Indian journal of veterinary science and animal husbandry - Volume 7,
Year: 1937
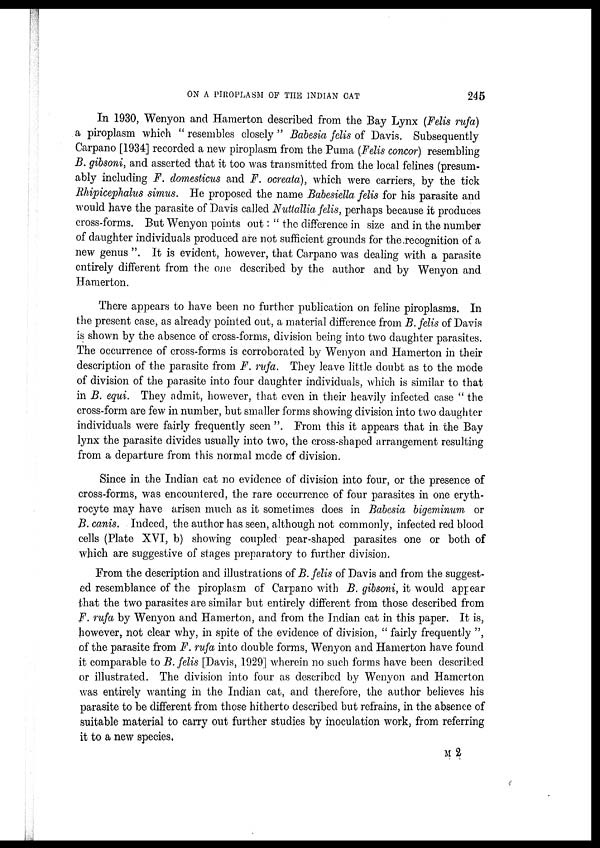
ON A PIROPLASM OF THE INDIAN CAT
245
In 1930, Wenyon and Hamerton described from the Bay Lynx (Felis rufa)
a piroplasm which " resembles closely " Babesia felis of Davis. Subsequently
Carpano [1934] recorded a new piroplasm from the Puma (Felis concor) resembling
B. gibsoni, and asserted that it too was transmitted from the local felines (presum-
ably including F. domesticus and F. ocreata), which were carriers, by the tick
Rhipicephalus simus. He proposed the name Babesiella felis for his parasite and
would have the parasite of Davis called Nuttallia felis, perhaps because it produces
cross-forms. But Wenyon points out: " the difference in size and in the number
of daughter individuals produced are not sufficient grounds for the recognition of a
new genus ". It is evident, however, that Carpano was dealing with a parasite
entirely different from the one described by the author and by Wenyon and
Hamerton.
There appears to have been no further publication on feline piroplasms. In
the present case, as already pointed out, a material difference from B. felis of Davis
is shown by the absence of cross-forms, division being into two daughter parasites.
The occurrence of cross-forms is corroborated by Wenyon and Hamerton in their
description of the parasite from F. rufa. They leave little doubt as to the mode
of division of the parasite into four daughter individuals, which is similar to that
in B. equi. They admit, however, that even in their heavily infected case " the
cross-form are few in number, but smaller forms showing division into two daughter
individuals were fairly frequently seen ". From this it appears that in the Bay
lynx the parasite divides usually into two, the cross-shaped arrangement resulting
from a departure from this normal mode of division.
Since in the Indian cat no evidence of division into four, or the presence of
cross-forms, was encountered, the rare occurrence of four parasites in one eryth-
rocyte may have arisen much as it sometimes does in Babesia bigeminum or
B. canis. Indeed, the author has seen, although not commonly, infected red blood
cells (Plate XVI, b) showing coupled pear-shaped parasites one or both of
which are suggestive of stages preparatory to further division.
From the description and illustrations of B. felis of Davis and from the suggest-
ed resemblance of the piroplasm of Carpano with B. gibsoni, it would appear
that the two parasites are similar but entirely different from those described from
F. rufa by Wenyon and Hamerton, and from the Indian cat in this paper. It is,
however, not clear why, in spite of the evidence of division, " fairly frequently ",
of the parasite from F. rufa into double forms, Wenyon and Hamerton have found
it comparable to B. felis [Davis, 1929] wherein no such forms have been described
or illustrated. The division into four as described by Wenyon and Hamerton
was entirely wanting in the Indian cat, and therefore, the author believes his
parasite to be different from those hitherto described but refrains, in the absence of
suitable material to carry out further studies by inoculation work, from referring
it to a new species.
M 2